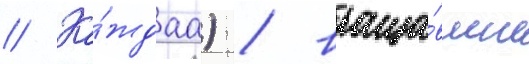
// Ка́ждаа) / враща́вшие